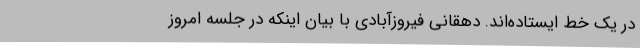
در یک خط ایستاده‌اند. دهقانی فیروزآبادی با بیان اینکه در جلسه امروز